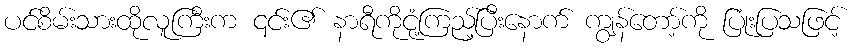
ပင်စိမ်းသားထိုလူကြီးက ၎င်း၏ နာရီကိုငုံ့ကြည့်ပြီးနောက် ကျွန်တော့်ကို ပြုံးပြသဖြင့်